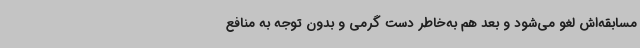
مسابقه‌اش لغو می‌شود و بعد هم به‌خاطر دست گرمی و بدون توجه به منافع